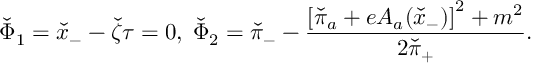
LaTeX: \check { \Phi } _ { 1 } = \check { x } _ { - } - \check { \zeta } \tau = 0 , \; \check { \Phi } _ { 2 } = \check { \pi } _ { - } - \frac { \left[ \check { \pi } _ { a } + e A _ { a } ( \check { x } _ { - } ) \right] ^ { 2 } + m ^ { 2 } } { 2 \check { \pi } _ { + } } .